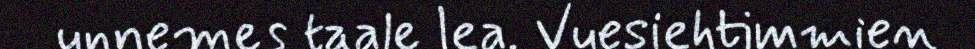
unnemes taale lea. Vuesiehtimmien